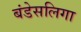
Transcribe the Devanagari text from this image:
बंडेसलिगा